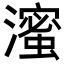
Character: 𬉗